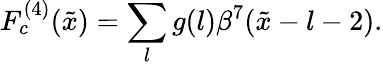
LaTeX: F_{c}^{(4)}(\tilde{x})=\sum_{l}g(l)\beta^{7}(\tilde{x}-l-2).